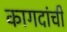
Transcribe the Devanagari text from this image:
कागदांची